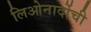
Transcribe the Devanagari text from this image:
लिओनार्दोची